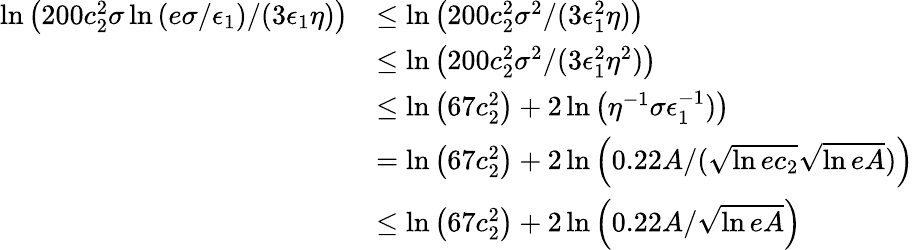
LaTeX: \begin{array}{rl}{\ln\left(200c_{2}^{2}\sigma\ln\left(e\sigma/\epsilon_{1}\right)/(3\epsilon_{1}\eta)\right)}&{\le\ln\left(200c_{2}^{2}\sigma^{2}/(3\epsilon_{1}^{2}\eta)\right)}\\ &{\le\ln\left(200c_{2}^{2}\sigma^{2}/(3\epsilon_{1}^{2}\eta^{2})\right)}\\ &{\le\ln\left(67c_{2}^{2}\right)+2\ln\left(\eta^{-1}\sigma\epsilon_{1}^{-1})\right)}\\ &{=\ln\left(67c_{2}^{2}\right)+2\ln\left(0.22A/(\sqrt{\ln{ec_{2}}}\sqrt{\ln{eA}})\right)}\\ &{\le\ln\left(67c_{2}^{2}\right)+2\ln\left(0.22A/\sqrt{\ln{eA}}\right)}\end{array}